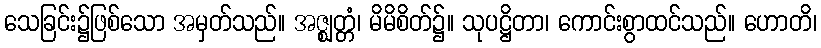
သေခြင်း၌ဖြစ်သော အမှတ်သည်။ အဇ္ဈတ္တံ၊ မိမိစိတ်၌။ သုပဋ္ဌိတာ၊ ကောင်းစွာထင်သည်။ ဟောတိ၊